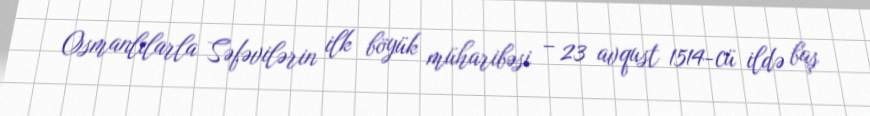
Osmanlılarla Səfəvilərin ilk böyük müharibəsi – 23 avqust 1514-cü ildə baş